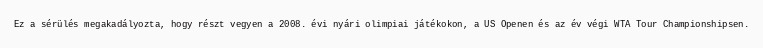
Ez a sérülés megakadályozta, hogy részt vegyen a 2008. évi nyári olimpiai játékokon, a US Openen és az év végi WTA Tour Championshipsen.